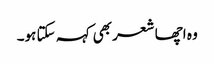
وہ اچھا شعر بھی کہہ سکتا ہو۔